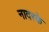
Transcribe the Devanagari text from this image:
नादरके